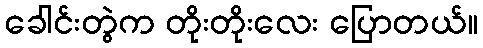
ခေါင်းတွဲက တိုးတိုးလေး ပြောတယ်။